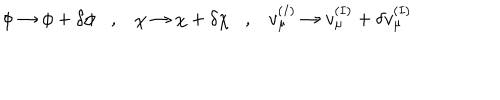
LaTeX: \phi \rightarrow \phi + \delta \phi , \chi \rightarrow \chi + \delta \chi , v _ { \mu } ^ { ( I ) } \rightarrow v _ { \mu } ^ { ( I ) } + \delta v _ { \mu } ^ { ( I ) }